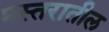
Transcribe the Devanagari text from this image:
प्रस्तरातील